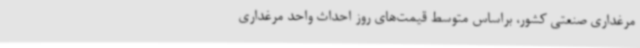
مرغداری صنعتی کشور، براساس متوسط قیمت‌های روز احداث واحد مرغداری